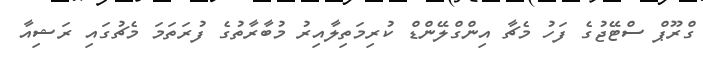
ގްރޫޕް ސްޓޭޖުގެ ފަހު މެޗާ އިންގްލޭންޑް ކުރިމަތިލާއިރު މުބާރާތުގެ ފުރަތަމަ މެޗުގައި ރަޝިއާ